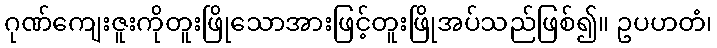
ဂုဏ်ကျေးဇူးကိုတူးဖြိုသောအားဖြင့်တူးဖြိုအပ်သည်ဖြစ်၍။ ဥပဟတံ၊